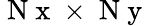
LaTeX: \mathrm{~N~x~}\times\mathrm{~N~y~}